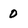
Character: 0